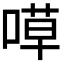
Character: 𠹊